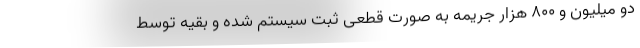
دو میلیون و ۸۰۰ هزار جریمه به صورت قطعی ثبت سیستم شده و بقیه توسط